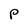
Character: P